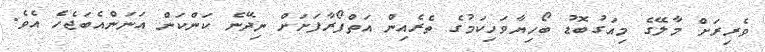
ވެރިރަށް މާލޭގެ މިއަގުބޮޑު ބޯހިޔާވަހިކަމުގެ ތެރެއިން އަތްފޯރާފަށަށް ނިދޭނެ ކަންކަން އަނަންއެބަޖެހެ އެވެ.